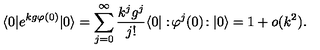
\langle 0 | e ^ { k g \varphi ( 0 ) } | 0 \rangle = \sum _ { j = 0 } ^ { \infty } \frac { k ^ { j } g ^ { j } } { j ! } \langle 0 | : \! \varphi ^ { j } ( 0 ) \! : | 0 \rangle = 1 + o ( k ^ { 2 } ) .